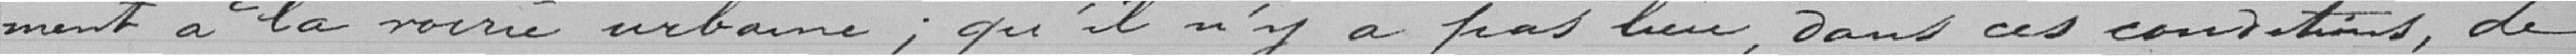
ment, au profit de la voirie urbaine, qu'il n'y a pas lieu, dans ces conditions, de